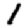
Digit: 1